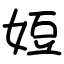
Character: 㛒